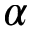
\alpha